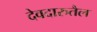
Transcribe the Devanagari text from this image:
देवदारुतैल